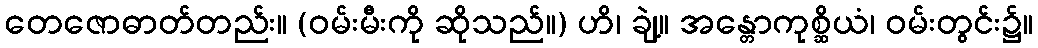
တေဇောဓာတ်တည်း။ (ဝမ်းမီးကို ဆိုသည်။) ဟိ၊ ချဲ့။ အန္တောကုစ္ဆိယံ၊ ဝမ်းတွင်း၌။